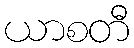
ယာစတီ